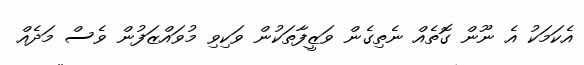
އެކަމަކު އެ ނޫން ގޮތެއް ނެތިގެން ވަޒީފާތަކުން ވަކިވި މުވައްޒަފުން ވެސް މަދެއް